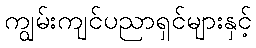
ကျွမ်းကျင်ပညာရှင်များနှင့်